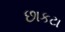
છાકટા